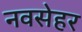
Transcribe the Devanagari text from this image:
नवसेहर